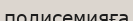
полисемияға